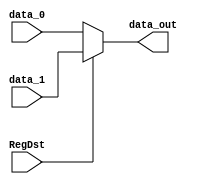
module Mux0(data_out, data_0, data_1, RegDst);

input 	[4:0] data_0;
input 	[4:0] data_1;
input	RegDst;

output	[4:0] data_out;

assign  	data_out = (RegDst)?	data_1 : data_0;

endmodule